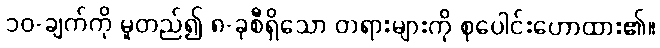
၁၀-ချက်ကို မူတည်၍ ၈-ခုစီရှိသော တရားများကို စုပေါင်းဟောထား၏။